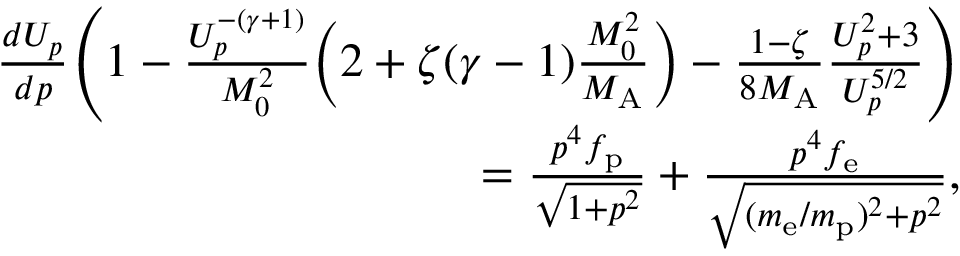
\begin{array} { r } { \frac { d U _ { p } } { d p } \Bigg ( 1 - \frac { U _ { p } ^ { - ( \gamma + 1 ) } } { M _ { 0 } ^ { 2 } } \Big ( 2 + \zeta ( \gamma - 1 ) \frac { M _ { 0 } ^ { 2 } } { M _ { \mathrm { A } } } \Big ) - \frac { 1 - \zeta } { 8 M _ { \mathrm { A } } } \frac { U _ { p } ^ { 2 } + 3 } { U _ { p } ^ { 5 / 2 } } \Bigg ) } \\ { = \frac { p ^ { 4 } f _ { \mathrm { p } } } { \sqrt { 1 + p ^ { 2 } } } + \frac { p ^ { 4 } f _ { \mathrm { e } } } { \sqrt { ( m _ { \mathrm { e } } / m _ { \mathrm { p } } ) ^ { 2 } + p ^ { 2 } } } , } \end{array}